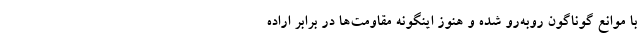
با موانع گوناگون رو‌به‌رو شده و هنوز اینگونه مقاومت‌ها در برابر اراده